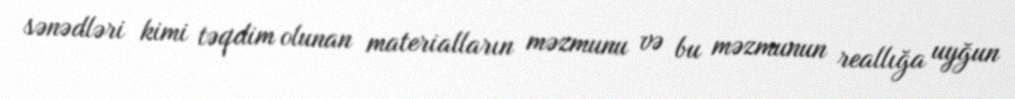
sənədləri kimi təqdim olunan materialların məzmunu və bu məzmunun reallığa uyğun